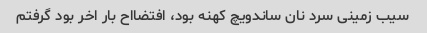
سیب زمینی سرد نان ساندویچ کهنه بود، افتضااح بار اخر بود گرفتم